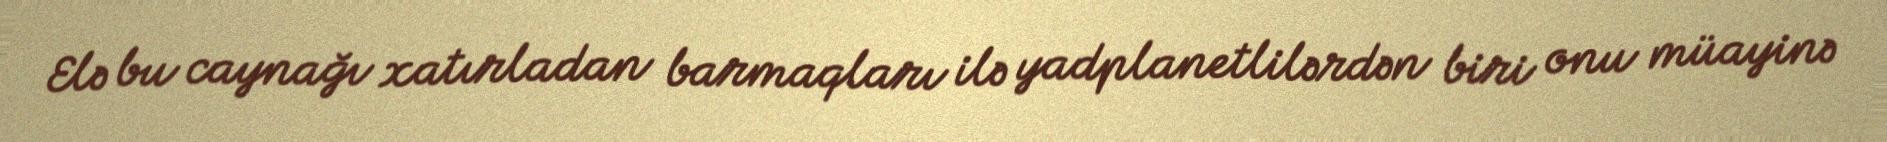
Elə bu caynağı xatırladan barmaqları ilə yadplanetlilərdən biri onu müayinə